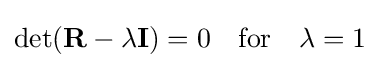
\det(\mathbf {R} -\lambda \mathbf {I} )=0\quad {\hbox{for}}\quad \lambda =1